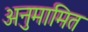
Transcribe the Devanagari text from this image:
अनुमामित